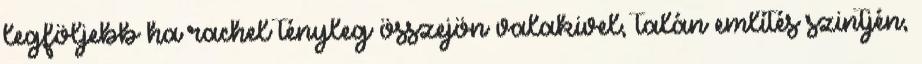
legföljebb ha rachel tényleg összejön valakivel, talán említés szintjén,